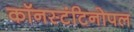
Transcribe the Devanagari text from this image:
कॉनस्टंटिनोपल